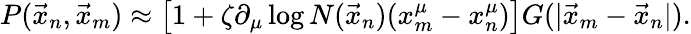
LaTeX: P(\vec{x}_{n},\vec{x}_{m})\approx\left[1+\zeta\partial_{\mu}\log N(\vec{x}_{n})(x_{m}^{\mu}-x_{n}^{\mu})\right]G(|\vec{x}_{m}-\vec{x}_{n}|).